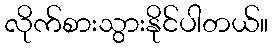
လိုက်စားသွားနိုင်ပါတယ်။